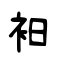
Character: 衵